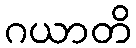
ဂယာတိ